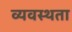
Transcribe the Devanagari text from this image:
व्यवस्थता